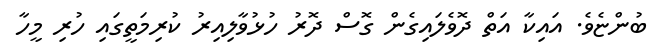
ބުންޏެވެ. އައިކާ އަތް ދޮވެލައިގެން ގޮސް ދޮރު ހުޅުވާލިއިރު ކުރިމަތީގައި ހުރި މީހާ